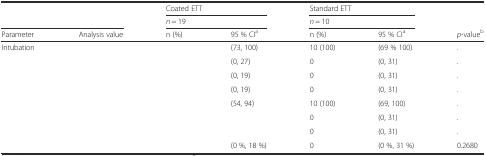
<table><thead><tr><td colspan="2" rowspan="2">[EMPTY_CELL]</td><td colspan="2"><b>Coated ETT</b></td><td colspan="2"><b>Standard ETT</b></td><td rowspan="2">[EMPTY_CELL]</td></tr><tr><td colspan="2"><b><i>n</i> = 19</b></td><td colspan="2"><b><i>n</i> = 10</b></td></tr><tr><td><b>Parameter</b></td><td><b>Analysis value</b></td><td><b>n (%)</b></td><td><b>95 % CI<sup>a</sup></b></td><td><b>n (%)</b></td><td><b>95 % CI<sup>a</sup></b></td><td><b><i>p</i>-value<sup>b</sup></b></td></tr></thead><tbody><tr><td rowspan="4">Intubation</td><td>[EMPTY_CELL]</td><td>[EMPTY_CELL]</td><td>(73, 100)</td><td>10 (100)</td><td>(69 % 100)</td><td>.</td></tr><tr><td>[EMPTY_CELL]</td><td>[EMPTY_CELL]</td><td>(0, 27)</td><td>0</td><td>(0, 31)</td><td>.</td></tr><tr><td>[EMPTY_CELL]</td><td>[EMPTY_CELL]</td><td>(0, 19)</td><td>0</td><td>(0, 31)</td><td>.</td></tr><tr><td>[EMPTY_CELL]</td><td>[EMPTY_CELL]</td><td>(0, 19)</td><td>0</td><td>(0, 31)</td><td>.</td></tr><tr><td rowspan="4">[EMPTY_CELL]</td><td>[EMPTY_CELL]</td><td>[EMPTY_CELL]</td><td>(54, 94)</td><td>10 (100)</td><td>(69, 100)</td><td>.</td></tr><tr><td>[EMPTY_CELL]</td><td>[EMPTY_CELL]</td><td>[EMPTY_CELL]</td><td>0</td><td>(0, 31)</td><td>.</td></tr><tr><td>[EMPTY_CELL]</td><td>[EMPTY_CELL]</td><td>[EMPTY_CELL]</td><td>0</td><td>(0, 31)</td><td>.</td></tr><tr><td>[EMPTY_CELL]</td><td>[EMPTY_CELL]</td><td>(0 %, 18 %)</td><td>0</td><td>(0 %, 31 %)</td><td>0.2680</td></tr></tbody></table>